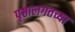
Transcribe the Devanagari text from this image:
पृष्ठालगतच्या